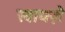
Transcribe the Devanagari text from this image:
स्वायज़े